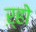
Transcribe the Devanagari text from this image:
ऱ्हो